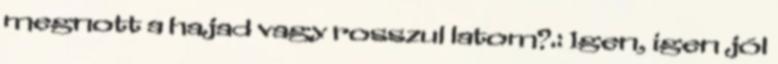
megnott a hajad vagy rosszul latom?.: Igen, igen jól